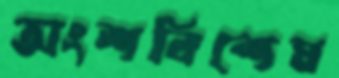
অংশবিশেষ